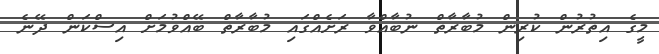
މީގެ އިތުރުން ކުރިން މުބާރާތް ނުބާއްވާ ރަށެއްގައި މުބާރާތް ބޭއްވުމަށް އިސްކަން ދޭނެ